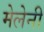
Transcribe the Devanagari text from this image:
मेलेनी